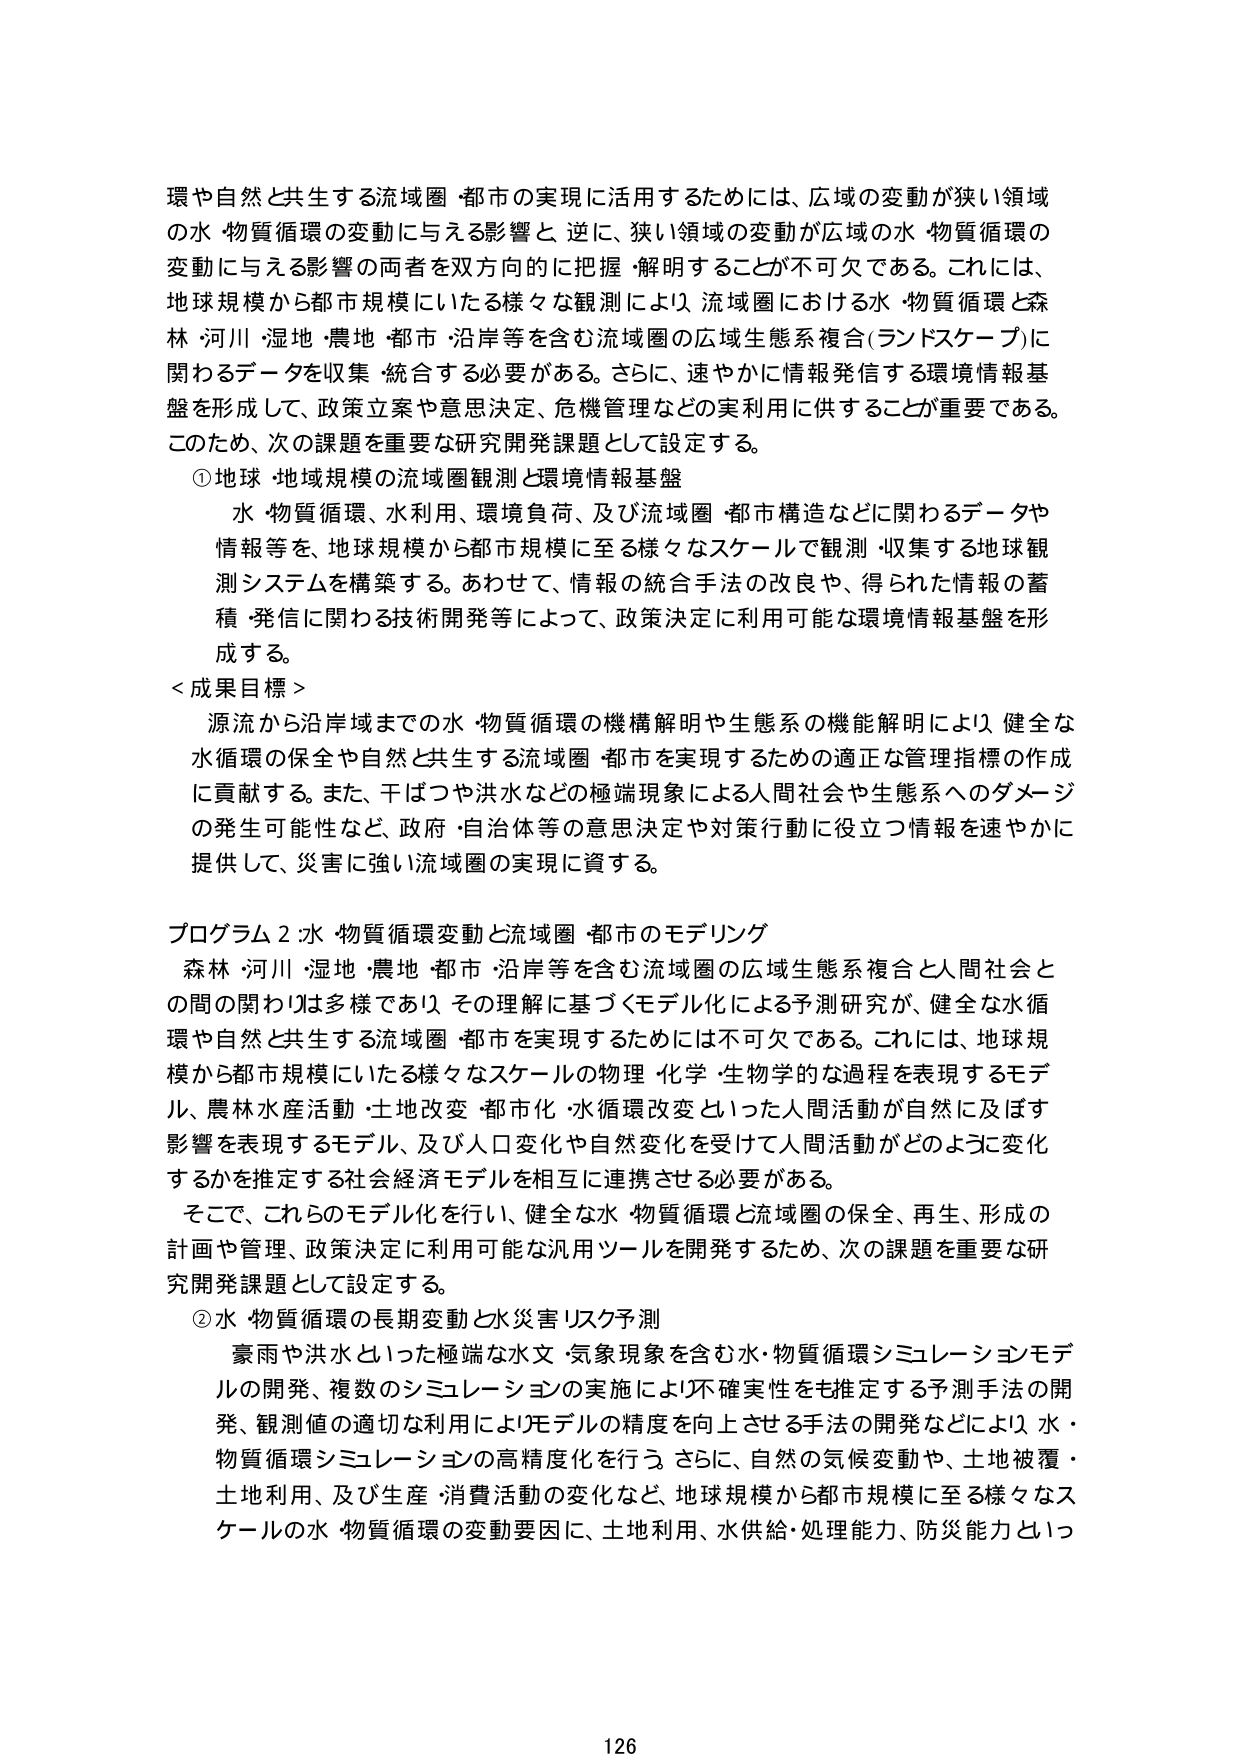
環や自然と共生する流域圏・都市の実現に活用するためには、広域の変動が狭い領域の水・物質循環の変動に与える影響と、逆に、狭い領域の変動が広域の水・物質循環の変動に与える影響の両者を双方向的に把握・解明することが不可欠である。これには、地球規模から都市規模にいたる様々な観測により、流域圏における水・物質循環と森林・河川・湿地・農地・都市・沿岸等を含む流域圏の広域生態系複合（ランドスケープ）に関わるデータを収集・統合する必要がある。さらに、速やかに情報発信する環境情報基盤を形成して、政策立案や意思決定、危機管理などの実利用に供することが重要である。このため、次の課題を重要な研究開発課題として設定する。

① 地球・地域規模の流域圏観測と環境情報基盤
水・物質循環、水利用、環境負荷、及び流域圏・都市構造などに関わるデータや情報等を、地球規模から都市規模に至る様々なスケールで観測・収集する地球観測システムを構築する。あわせて、情報の統合手法の改良や、得られた情報の蓄積・発信に関わる技術開発等によって、政策決定に利用可能な環境情報基盤を形成する。

＜成果目標＞
源流から沿岸域までの水・物質循環の機構解明や生態系の機能解明により、健全な水循環の保全や自然と共生する流域圏・都市を実現するための適正な管理指標の作成に貢献する。また、干ばつや洪水などの極端現象による人間社会や生態系へのダメージの発生可能性など、政府・自治体等の意思決定や対策行動に役立つ情報を速やかに提供して、災害に強い流域圏の実現に資する。

プログラム2：水・物質循環変動と流域圏・都市のモデリング
森林・河川・湿地・農地・都市・沿岸等を含む流域圏の広域生態系複合と人間社会との間の関わりは多様であり、その理解に基づくモデル化による予測研究が、健全な水循環や自然と共生する流域圏・都市を実現するためには不可欠である。これには、地球規模から都市規模にいたる様々なスケールの物理・化学・生物学的な過程を表現するモデル、農林水産活動・土地改変・都市化・水循環改変といった人間活動が自然に及ぼす影響を表現するモデル、及び人口変化や自然変化を受けて人間活動がどのように変化するかを推定する社会経済モデルを相互に連携させる必要がある。
そこで、これらのモデル化を行い、健全な水・物質循環と流域圏の保全、再生、形成の計画や管理、政策決定に利用可能な汎用ツールを開発するため、次の課題を重要な研究開発課題として設定する。

② 水・物質循環の長期変動と水災害リスク予測
豪雨や洪水といった極端な水文・気象現象を含む水・物質循環シミュレーションモデルの開発、複数のシミュレーションの実施により不確実性をも推定する予測手法の開発、観測値の適切な利用によりモデルの精度を向上させる手法の開発などにより、水・物質循環シミュレーションの高精度化を行う。さらに、自然の気候変動や、土地被覆・土地利用、及び生産・消費活動の変化など、地球規模から都市規模に至る様々なスケールの水・物質循環の変動要因に、土地利用、水供給・処理能力、防災能力といっ

126